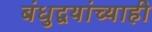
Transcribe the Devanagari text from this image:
बंधुद्वयांच्याही